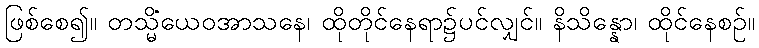
ဖြစ်စေ၍။ တသ္မိံယေဝအာသနေ၊ ထိုတိုင်နေရာ၌ပင်လျှင်။ နိသိန္နော၊ ထိုင်နေစဉ်။